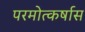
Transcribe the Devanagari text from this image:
परमोत्कर्षास